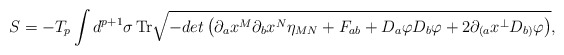
\begin{align*}S=- T_p \int d^{p+1}\sigma\,{\rm Tr}\sqrt{-det\left(\partial_ax^M\partial_bx^N\eta_{MN}+ F_{ab}+ D_a\varphi D_b\varphi+2\partial_{(a}x^\bot D_{b)}\varphi\right)},\end{align*}